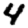
Digit: 4